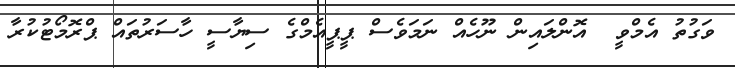
ވަގުތު އެމްވީ  އޮންލައިން ނޫހެއް ނަމަވެސް ޕީޕީއެމްގެ ސިޔާސީ ހާސަރުތައް ޕްރޮމޯޓުކުރާ